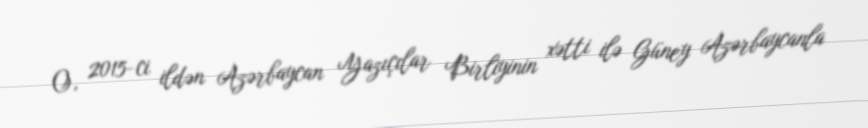
O, 2015-ci ildən Azərbaycan Yazıçılar Birliyinin xətti ilə Güney Azərbaycanla